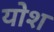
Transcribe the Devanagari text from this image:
योश